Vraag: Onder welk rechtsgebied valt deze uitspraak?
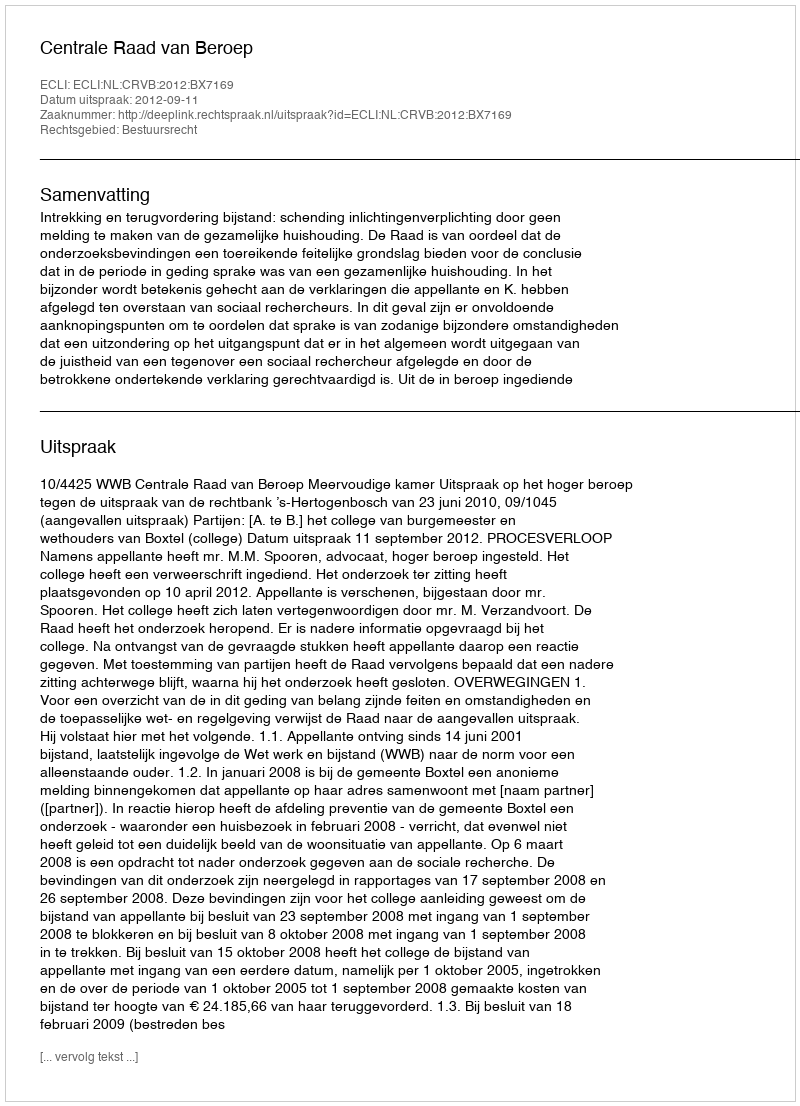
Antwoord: Bestuursrecht